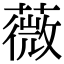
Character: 薇